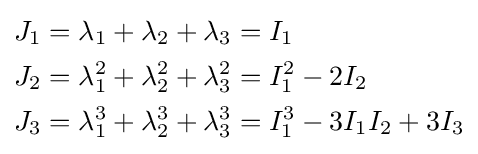
{\begin{aligned}J_{1}&=\lambda _{1}+\lambda _{2}+\lambda _{3}=I_{1}\\J_{2}&=\lambda _{1}^{2}+\lambda _{2}^{2}+\lambda _{3}^{2}=I_{1}^{2}-2I_{2}\\J_{3}&=\lambda _{1}^{3}+\lambda _{2}^{3}+\lambda _{3}^{3}=I_{1}^{3}-3I_{1}I_{2}+3I_{3}\end{aligned}}